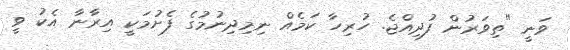
ވަނީ "ތިވަރުން ފުދިއްޖެ. ހުރިހާ ކަމެއް ނިމިދިނުމުގެ ފެށުމަކީ އިރާނާ އެކު ވީ